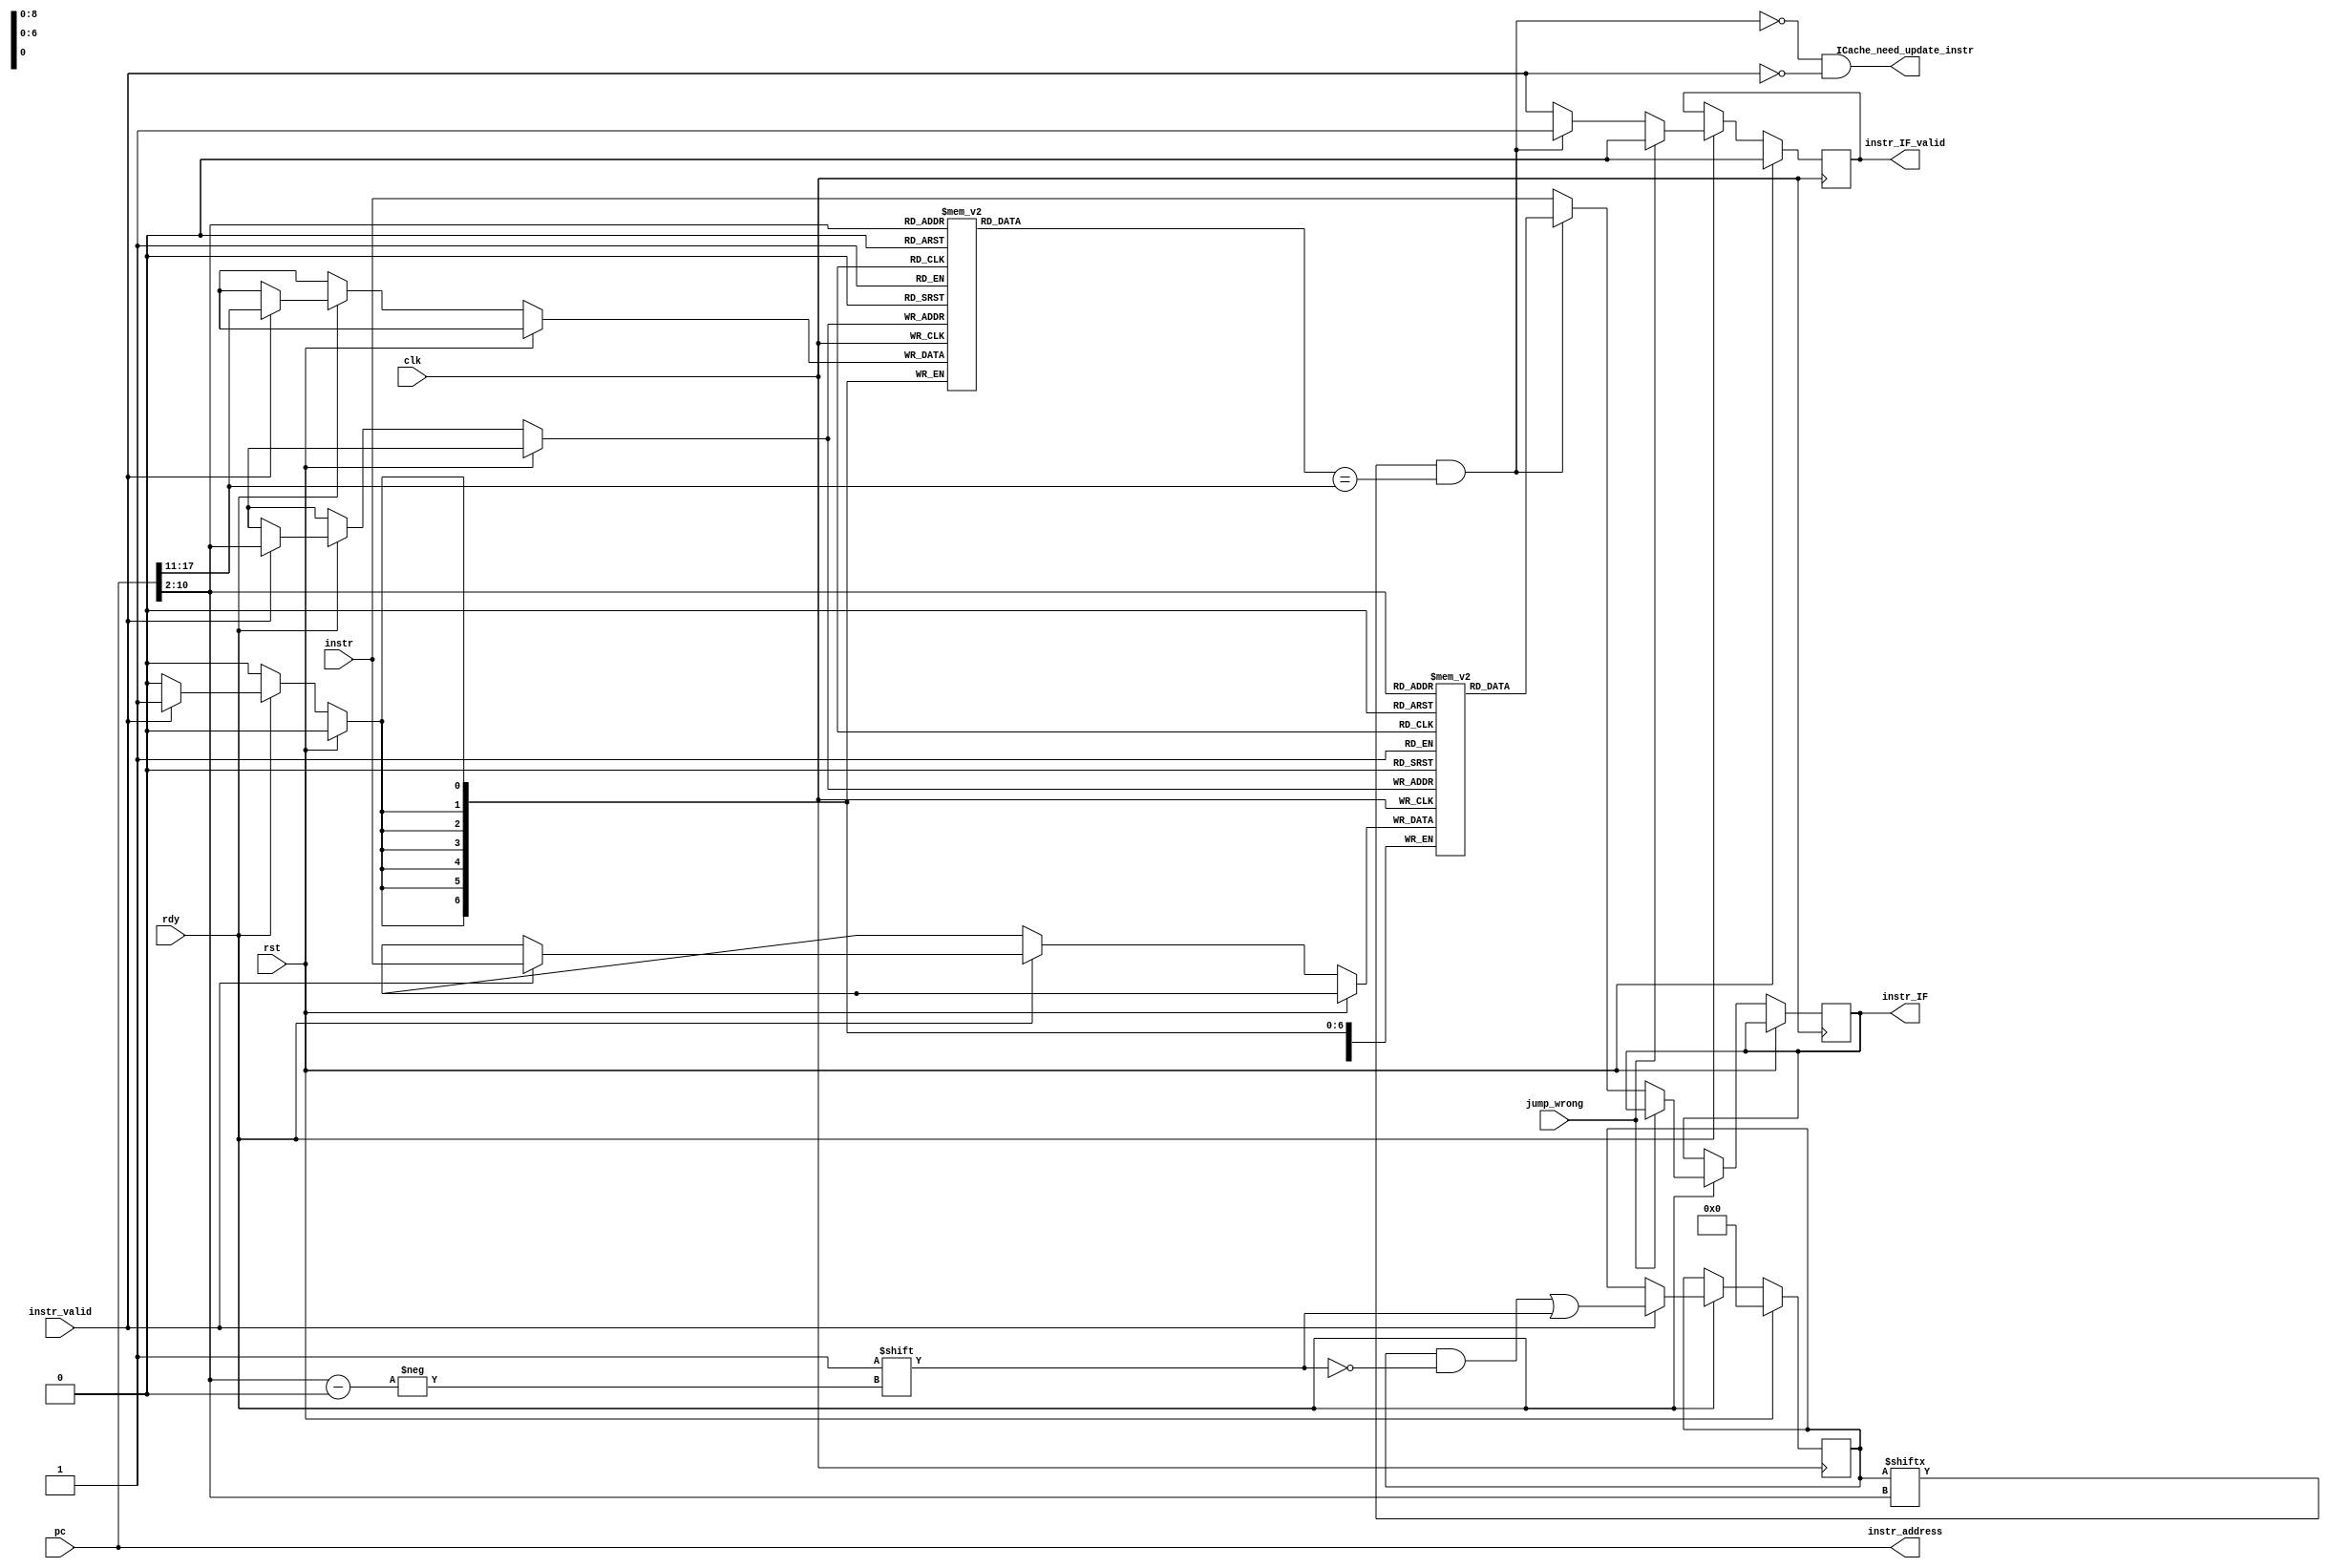
module ICache (
    input  wire              clk,
    input  wire              rst,
    input  wire              rdy,
    //每一个周期从内存拿一条指令 from Memctrl
    output reg               ICache_need_update_instr,//可以输入一条指令
    output reg [31:0]        instr_address,
    input  wire              instr_valid, //存在输入
    input  wire [31:0]       instr,

    //每一个周期将一条IF pc需要的指令拿去InstructionFetch处理
    input  wire [31:0]      pc,//从InstructionFetch获取的next周期需要的instr的pc
    output reg              instr_IF_valid, 
    output reg  [31:0]      instr_IF,

    input  wire             jump_wrong

);
    reg  [31: 0]    cache_IQ       [511 : 0];
    reg  [511:0]    used_IQ;
    reg  [17: 11]    tag           [511 :0];//直接 cache[PC] 空间不够
    always @(*) begin
        //每一个周期从内存拿一条指令 from Memctrl
        ICache_need_update_instr=!(used_IQ[pc[10:2]] && tag[pc[10:2]]==pc[17:11]) && !instr_valid;//当前cache中pc位置没有需要的指令 且需要指令还没有读入
        instr_address=pc;
    end
    always @(posedge clk) begin
        if (rst) begin
            used_IQ<=0;
            instr_IF_valid<=0;
        end else if (rdy) begin
              //每一个周期从内存拿一条指令 from Memctrl
            if (instr_valid) begin
                            used_IQ[pc[10:2]]<=1;
                            cache_IQ[pc[10:2]]<=instr;
                            tag[pc[10:2]]<=pc[17:11];
            end
            //返回IF需要的指令
            //遇到br进行预测，然后找pc对应的指令在不在cache里,不在的话cache从内存里取
            if (jump_wrong)  instr_IF_valid<=0;
            else begin
                if (used_IQ[pc[10:2]] && tag[pc[10:2]] == pc[17:11]) begin
                    instr_IF_valid<=1;
                    instr_IF<=cache_IQ[pc[10:2]];
                end else begin
                    instr_IF_valid<=instr_valid;
                    instr_IF<=instr;
                end
            end
        end
    end


endmodule